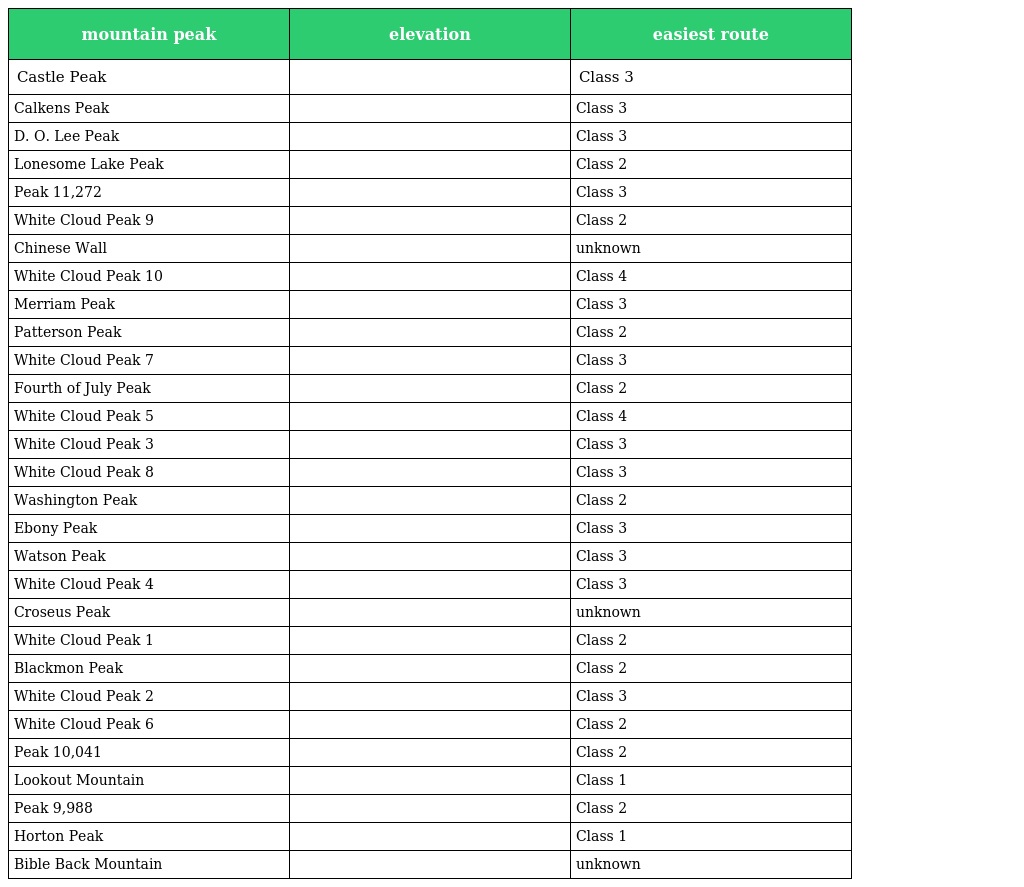
| mountain peak | elevation | easiest route |
 | --- | --- | --- |
 | Castle Peak |  | Class 3 |
 | Calkens Peak |  | Class 3 |
 | D. O. Lee Peak |  | Class 3 |
 | Lonesome Lake Peak |  | Class 2 |
 | Peak 11,272 |  | Class 3 |
 | White Cloud Peak 9 |  | Class 2 |
 | Chinese Wall |  | unknown |
 | White Cloud Peak 10 |  | Class 4 |
 | Merriam Peak |  | Class 3 |
 | Patterson Peak |  | Class 2 |
 | White Cloud Peak 7 |  | Class 3 |
 | Fourth of July Peak |  | Class 2 |
 | White Cloud Peak 5 |  | Class 4 |
 | White Cloud Peak 3 |  | Class 3 |
 | White Cloud Peak 8 |  | Class 3 |
 | Washington Peak |  | Class 2 |
 | Ebony Peak |  | Class 3 |
 | Watson Peak |  | Class 3 |
 | White Cloud Peak 4 |  | Class 3 |
 | Croseus Peak |  | unknown |
 | White Cloud Peak 1 |  | Class 2 |
 | Blackmon Peak |  | Class 2 |
 | White Cloud Peak 2 |  | Class 3 |
 | White Cloud Peak 6 |  | Class 2 |
 | Peak 10,041 |  | Class 2 |
 | Lookout Mountain |  | Class 1 |
 | Peak 9,988 |  | Class 2 |
 | Horton Peak |  | Class 1 |
 | Bible Back Mountain |  | unknown |